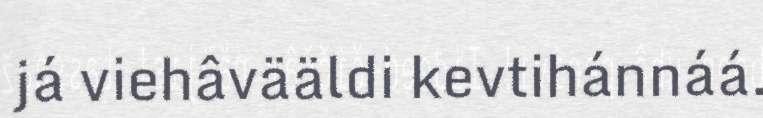
já viehâvääldi kevtihánnáá.